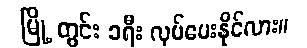
မြို့ တွင်း ခရီး လုပ်ပေးနိုင်လား။